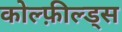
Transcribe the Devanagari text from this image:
कोल्फ़ील्ड्स